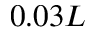
0 . 0 3 L